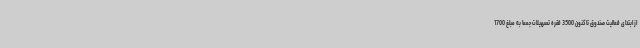
از ابتدای فعالیت صندوق تاکنون 3500 فقره تسهیلات جمعاً به مبلغ 1700